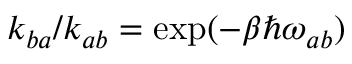
k _ { b a } / k _ { a b } = \exp ( - \beta \hbar \omega _ { a b } )